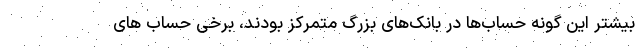
بیشتر این گونه حساب‌ها در بانک‌های بزرگ متمرکز بودند، برخی حساب های